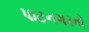
પાટનગરનો